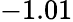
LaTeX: -1.01